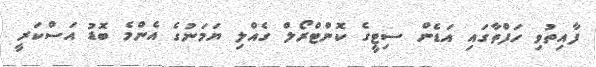
ފާއިތުވި ހަފްތާގައި އަޑެން ސިޓީގެ ކޮންޓްރޯލް ގެއްލި ޔަމަނުގެ އެންމެ ބޮޑު އަސްކަރީ